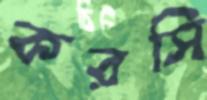
করসি